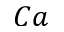
C a